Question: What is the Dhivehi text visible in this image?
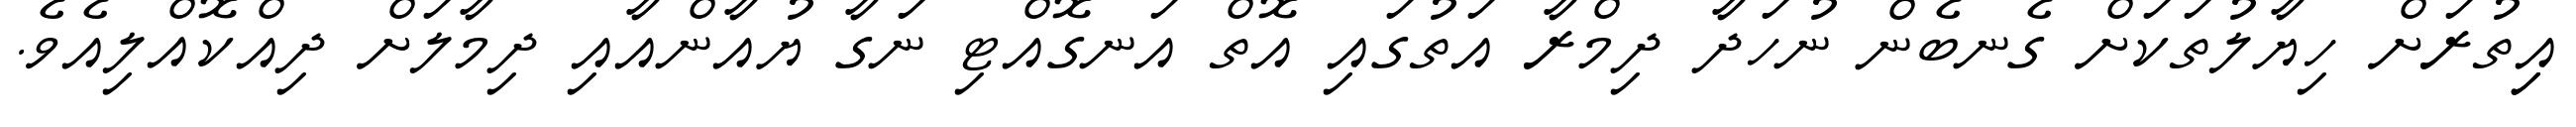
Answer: އިިތުރަށް ހިޔާލުތަކަށް ގެނބެން ނުހަދާ ދިމްރާ އަތުގައި އޮތް އަނގޮއްޓި ނަގާ ޔުއާންއާއި ދިމާލަށް ދިއްކޮއްލިއެވެ.